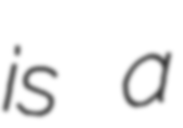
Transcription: is a